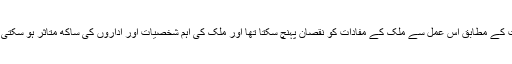
عدالت کے مطابق اس عمل سے مُلک کے مفادات کو نقصان پہنچ سکتا تھا اور مُلک کی اہم شخصیات اور اداروں کی ساکھ متاثر ہو سکتی تھی۔